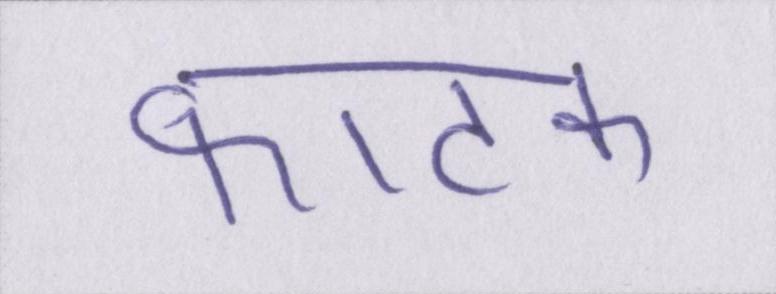
फाटक